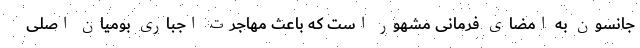
جانسون به امضای فرمانی مشهور است که باعث مهاجرت اجباری بومیان اصلی